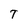
Character: T